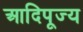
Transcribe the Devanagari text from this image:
आदिपूज्य